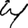
Digit: 4